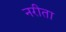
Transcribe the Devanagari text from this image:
नरीता